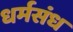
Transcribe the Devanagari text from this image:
धर्मसंध